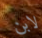
لابن